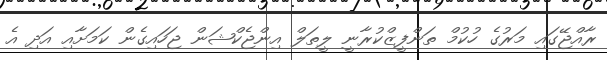
ރާއްޖޭގައި މަރުގެ ހުކުމް ތަންފީޒްކުރާނީ ލީތަލް އިންޖެކްޝަން ޖަހައިގެން ކަމަށާއި އަދި އެ